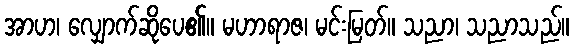
အာဟ၊ လျှောက်ဆိုပေ၏။ မဟာရာဇ၊ မင်းမြတ်။ သညာ၊ သညာသည်။